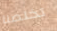
تخلصنا